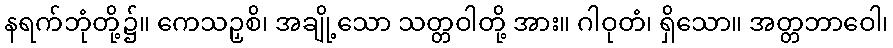
နရက်ဘုံတို့၌။ ကေသဉှစိ၊ အချို့သော သတ္တဝါတို့ အား။ ဂါဝုတံ၊ ရှိသော။ အတ္တဘာဝေါ၊